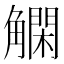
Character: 𲁞